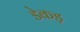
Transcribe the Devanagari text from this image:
डेकड़